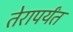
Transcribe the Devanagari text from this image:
तेरापर्यंत